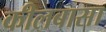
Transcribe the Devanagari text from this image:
कीलबासा